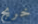
خريج